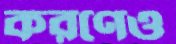
করণেও